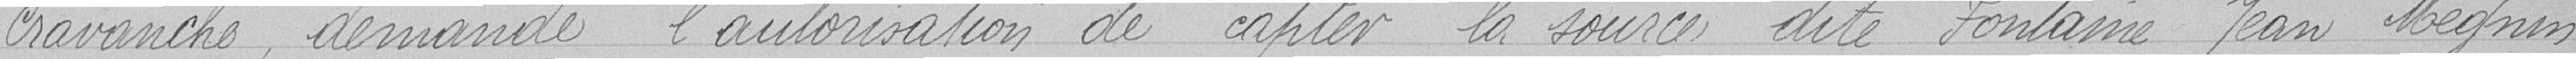
Cravanche, demande l'autorisation de capter la source dite Fontaine Jean Mégnin ,